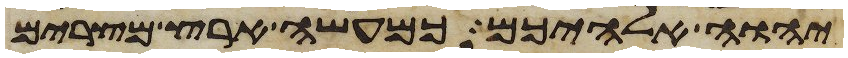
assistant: יהוה אלהיכם כמעשה ארץ מצרים